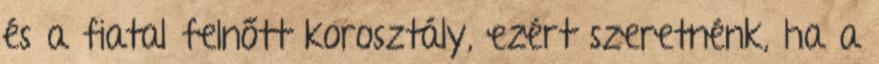
és a fiatal felnőtt korosztály, ezért szeretnénk, ha a